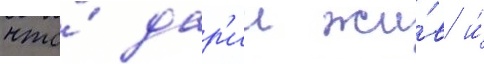
что́ дар'ии жи́в и́